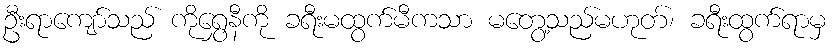
ဦးရာကျော်သည် ကိုရွှေနီကို ခရီးမထွက်မီကသာ မတွေ့သည်မဟုတ်၊ ခရီးထွက်ရာမှ